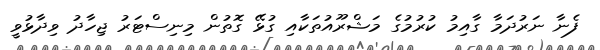
ފެނާ ނަރުދަމާ ގާއިމު ކުރުމުގެ މަޝްރޫއުތަކާއި ގުޅޭ ގޮތުން މިނިސްޓަރު ޖިހާދު ވިދާޅުވީ